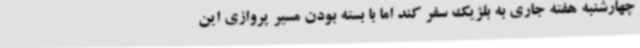
چهارشنبه هفته جاری به بلژیک سفر کند اما با بسته بودن مسیر پروازی این